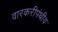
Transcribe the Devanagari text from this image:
वारकरीपंथीय